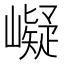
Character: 㠜